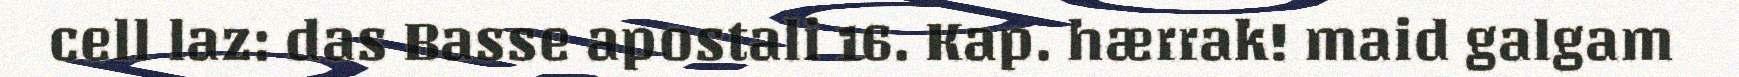
cell laz: das Basse apostali 16. Kap. hærrak! maid galgam